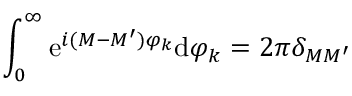
\int _ { 0 } ^ { \infty } \mathrm { e } ^ { i ( M - M ^ { \prime } ) \varphi _ { k } } \mathrm { d } \varphi _ { k } = 2 \pi \delta _ { M M ^ { \prime } }